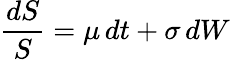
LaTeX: {\frac{dS}{S}}=\mu\, dt+\sigma\, dW